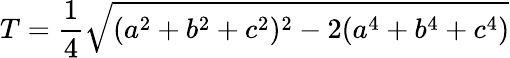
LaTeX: T={\frac{1}{4}}{\sqrt{(a^{2}+b^{2}+c^{2})^{2}-2(a^{4}+b^{4}+c^{4})}}